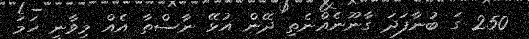
250 ގަ ބުނާފަދަ ގާނޫނެއްނެތި ދޭން އުޅޭ ނާސްތާ އެއް މިވާނީ ހަމަ